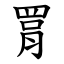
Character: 罥